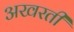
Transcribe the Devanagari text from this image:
अखरती